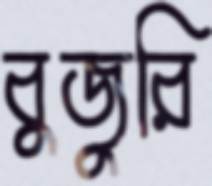
বুজুরি